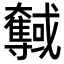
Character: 𡚞